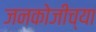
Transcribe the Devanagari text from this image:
जनकोजीच्या